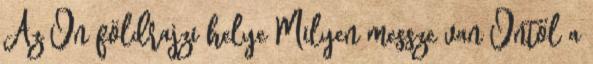
Az Ön földrajzi helye Milyen messze van Öntől a